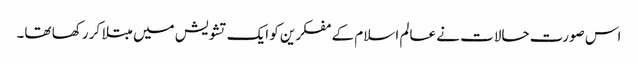
اس صورت حالات نے عالم اسلام کے مفکرین کو ایک تشویش میں مبتلا کر رکھا تھا۔